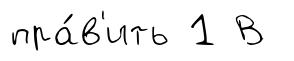
пра́в'ить 1 В